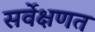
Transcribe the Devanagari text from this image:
सर्वेक्षणत